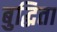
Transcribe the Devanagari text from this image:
बुद्धिता